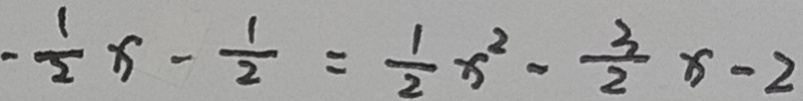
- \frac { 1 } { 2 } x - \frac { 1 } { 2 } = \frac { 1 } { 2 } x ^ { 2 } - \frac { 3 } { 2 } x - 2